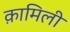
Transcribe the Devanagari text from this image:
क़ामिली